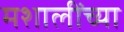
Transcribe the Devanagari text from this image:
मशालींच्या